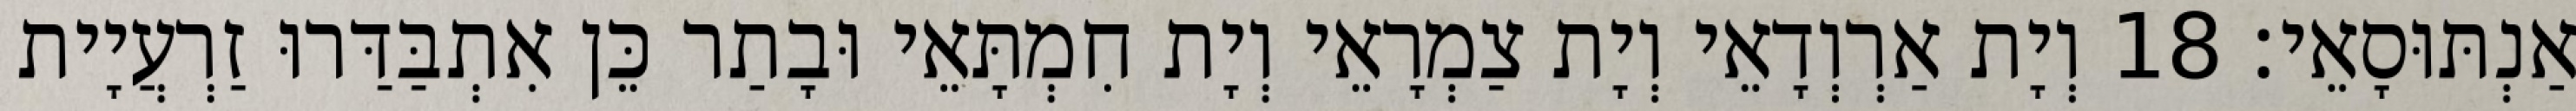
אַנְתּוּסָאֵי׃ 18 וְיָת אַרְוְדָאֵי וְיָת צַמְרָאֵי וְיָת חִמְתָּאֵי וּבָתַר כֵּן אִתְבַּדַּרוּ זַרְעֲיָית